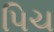
પિચ